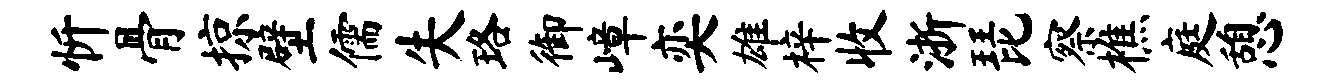
忻骨掠壁儒失珞御嶂奕雄梓收浙琵察樵庭憩